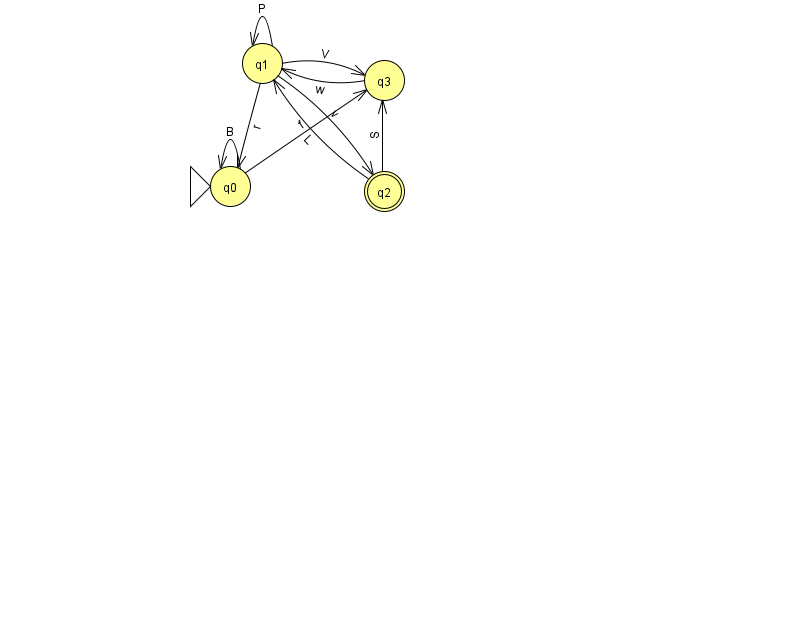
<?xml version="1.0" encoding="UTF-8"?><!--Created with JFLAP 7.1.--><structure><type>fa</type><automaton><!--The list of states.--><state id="0" name="q0"><x>230.0</x><y>173.0</y><initial/></state><state id="1" name="q1"><x>262.0</x><y>50.0</y></state><state id="2" name="q2"><x>384.0</x><y>178.0</y><final/></state><state id="3" name="q3"><x>384.0</x><y>67.0</y></state><!--The list of transitions.--><transition><from>1</from><to>1</to><read>P</read></transition><transition><from>1</from><to>3</to><read>V</read></transition><transition><from>3</from><to>1</to><read>w</read></transition><transition><from>0</from><to>0</to><read>B</read></transition><transition><from>2</from><to>3</to><read>S</read></transition><transition><from>0</from><to>3</to><read>f</read></transition><transition><from>1</from><to>0</to><read>r</read></transition><transition><from>1</from><to>2</to><read>v</read></transition><transition><from>2</from><to>1</to><read>L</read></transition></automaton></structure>